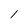
Character: l